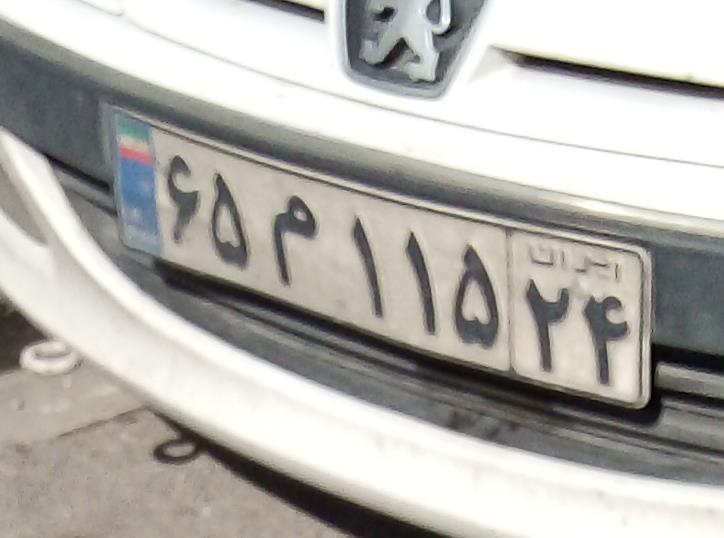
۶۵م۱۱۵۲۴